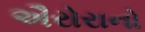
ઐરોરાનો